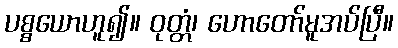
ပစ္စယောဟူ၍။ ဝုတ္တံ၊ ဟောတော်မူအပ်ပြီ။